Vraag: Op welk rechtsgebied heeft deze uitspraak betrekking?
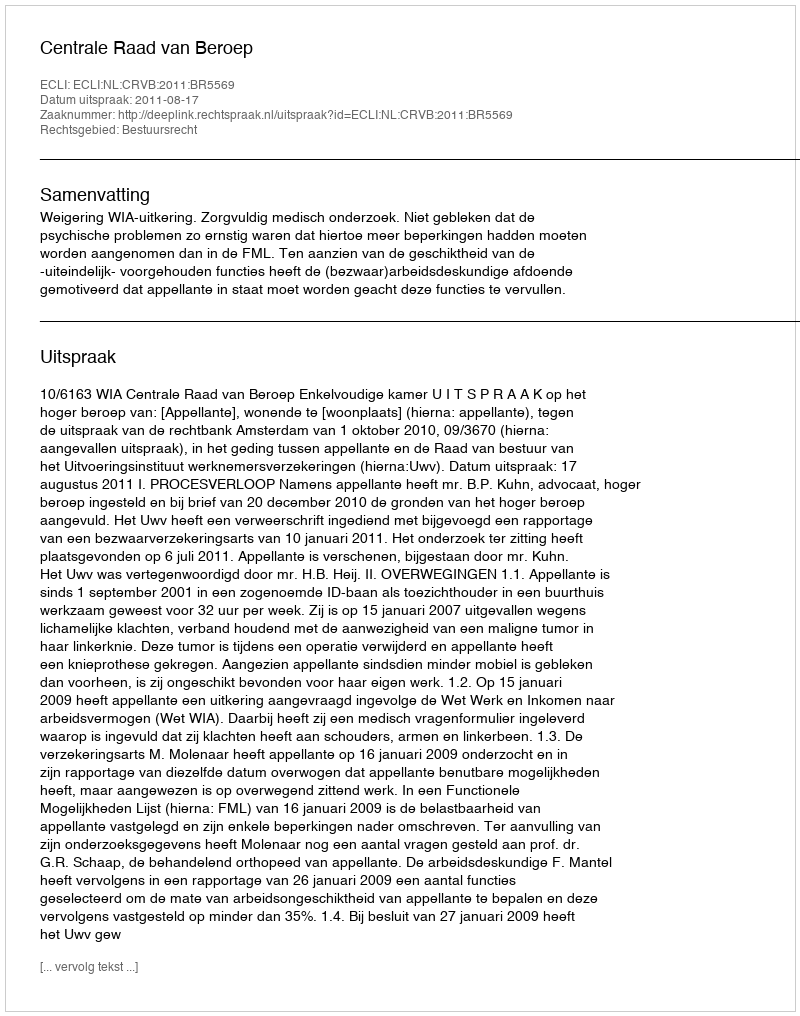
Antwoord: Bestuursrecht